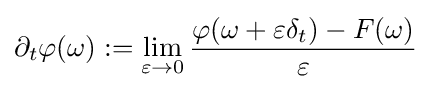
\partial _{t}\varphi (\omega ):=\lim _{\varepsilon \rightarrow 0}{\frac {\varphi (\omega +\varepsilon \delta _{t})-F(\omega )}{\varepsilon }}